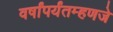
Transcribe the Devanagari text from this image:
वर्षांपर्यंतम्हणजे